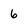
Character: 6